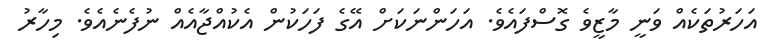
އަހަރުތަކެއް ވަނީ މާޒީވެ ގޮސްފައެވެ. އަހަންނަކަށް އޭގެ ފަހަކުން އެކުއްޖާއެއް ނުފެނެއެވެ. މިހާރު